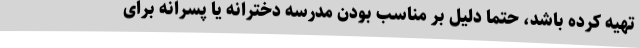
تهیه کرده باشد، حتما دلیل بر مناسب بودن مدرسه دخترانه یا پسرانه برای